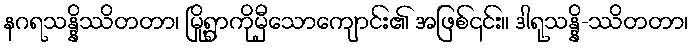
နဂရသန္နိဿိတတာ၊ မြို့ရွာကိုမှီသောကျောင်း၏ အဖြစ်၎င်း။ ဒါရုသန္နိ-ဿိတတာ၊